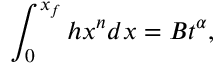
\int _ { 0 } ^ { x _ { f } } h x ^ { n } d x = B t ^ { \alpha } ,